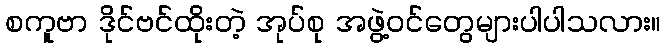
စကူဗာ ဒိုင်ဗင်ထိုးတဲ့ အုပ်စု အဖွဲ့ဝင်တွေများပါပါသလား။